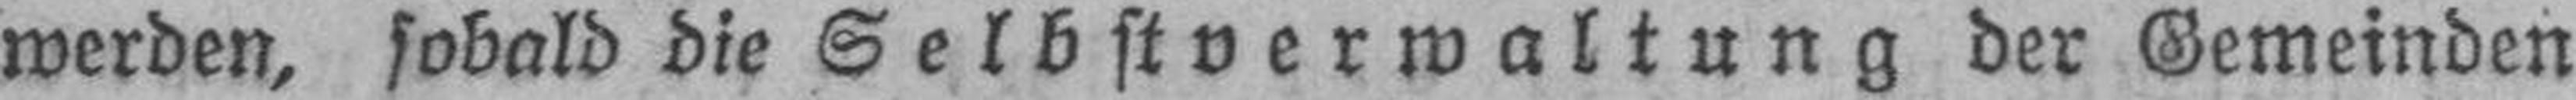
werden, sobald die Selbstverwaltung der Gemeinden